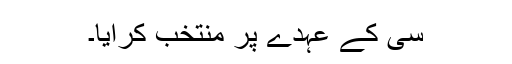
سی کے عہدے پر منتخب کرایا۔